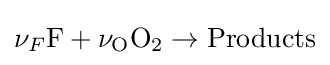
\nu _{F}{\rm {{F}+\nu _{O}{\rm {{O}_{2}\rightarrow {\rm {Products}}}}}}